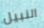
النبيل